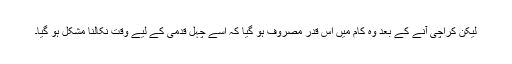
لیکن کراچی آنے کے بعد وہ کام میں اس قدر مصروف ہو گیا کہ اسے چہل قدمی کے لیے وقت نکالنا مشکل ہو گیا۔